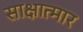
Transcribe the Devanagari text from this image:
साक्षात्मार